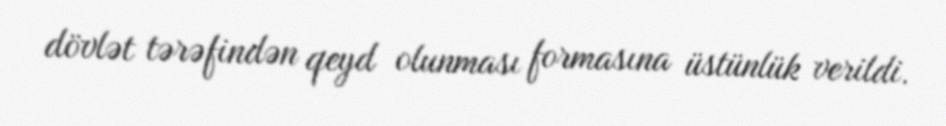
dövlət tərəfindən qeyd olunması formasına üstünlük verildi.